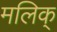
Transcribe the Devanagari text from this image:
मलिक्